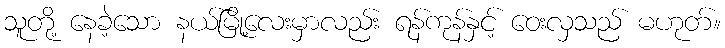
သူတို့ နေခဲ့သော နယ်မြို့လေးမှာလည်း ရန်ကုန်နှင့် ဝေးလှသည် မဟုတ်။